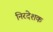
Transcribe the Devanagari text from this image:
निरदेशक